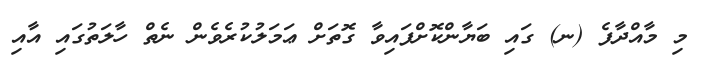
މި މާއްދާފެ (ނ) ގައި ބަޔާންކޮށްފައިވާ ގޮތަށް ޢަމަލުކުރެވެން ނެތް ހާލަތުގައި އާއި